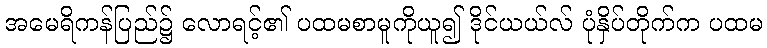
အမေရိကန်ပြည်၌ လောရင့်၏ ပထမစာမူကိုယူ၍ ဒိုင်ယယ်လ် ပုံနှိပ်တိုက်က ပထမ